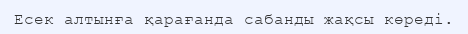
Есек алтынға қарағанда сабанды жақсы көреді.